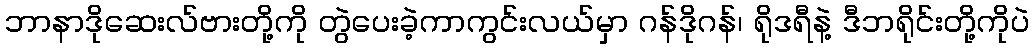
ဘာနာဒိုဆေးလ်ဗားတို့ကို တွဲပေးခဲ့ကာကွင်းလယ်မှာ ဂန်ဒိုဂန်၊ ရိုဒရီနဲ့ ဒီဘရိုင်းတို့ကိုပဲ